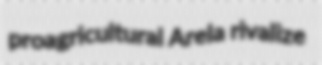
proagricultural Arela rivalize